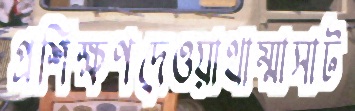
প্রশিক্ষণদেওয়াথাম্মাসাট